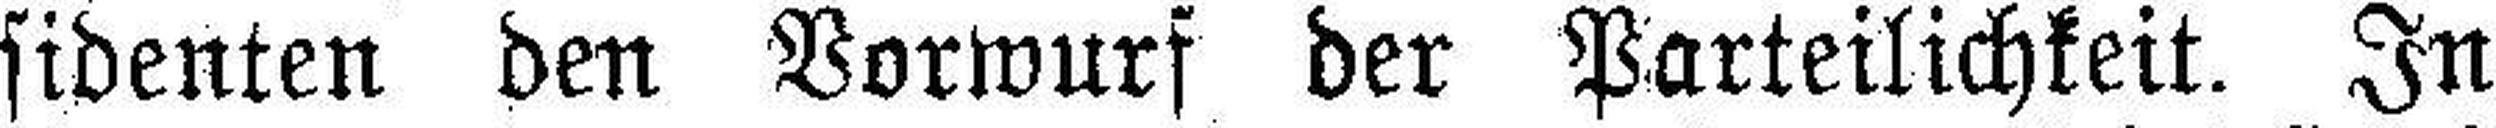
sidenten den Vorwurf der Parteilichkeit. In